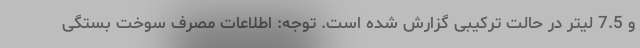
و 7.5 لیتر در حالت ترکیبی گزارش شده است. توجه: اطلاعات مصرف سوخت بستگی